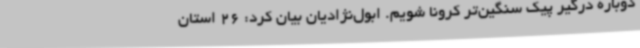
دوباره درگیر پیک سنگین‌تر کرونا شویم. ابول‌نژادیان بیان کرد: 26 استان